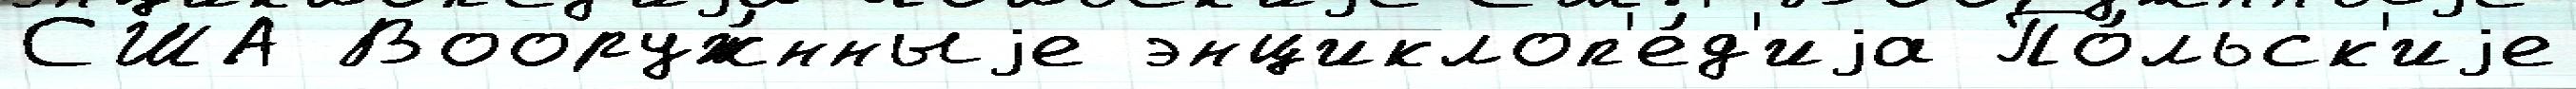
США Вооруж́нныjе энциклоп'е́д'иjа По́льск'иjе